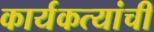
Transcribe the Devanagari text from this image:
कार्यकत्यांची